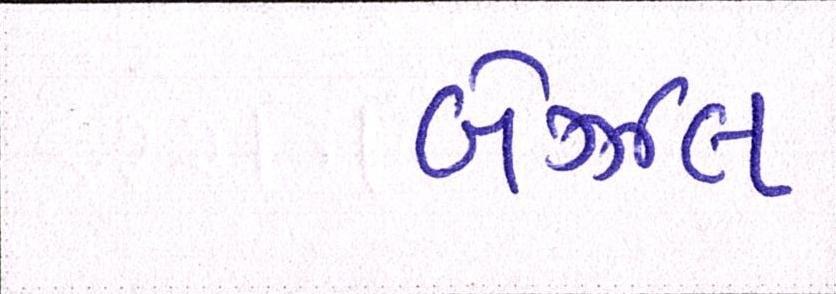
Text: બેઝલ